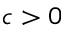
c > 0